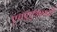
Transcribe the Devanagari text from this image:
एचएएआरटी